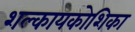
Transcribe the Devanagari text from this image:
शल्कायकोशिका